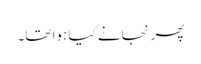
پھر نجانے کیا ہوا تھا۔